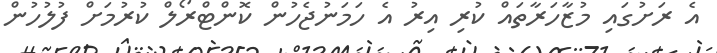
އެ ރަށުގައި މުޒާހަރާތައް ކުރި އިރު އެ ހަމަނުޖެހުން ކޮންޓްރޯލް ކުރުމަށް ފުލުހުން